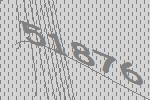
51876